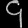
Digit: ၄